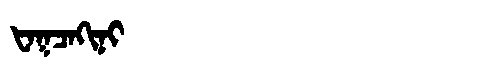
Manchu: ᡶᠠᡴᠴᠠᡴᡳᠨᡳ
Romanization: FAKCAKINI